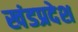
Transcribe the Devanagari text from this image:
खंडप्रदेश